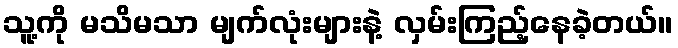
သူ့ကို မသိမသာ မျက်လုံးများနဲ့ လှမ်းကြည့်နေခဲ့တယ်။